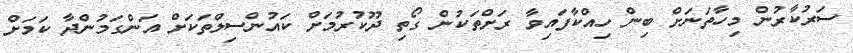
ސަރުކާރުން މިހާތަނަށް ބިން ހިއްކާފައިވާ ރަށްތަކުން ގޯތި ދޫކުރުމަށް ކައުންސިލްތަކަށް އަންގަމުންދާ ކަމަށް